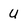
Character: U